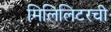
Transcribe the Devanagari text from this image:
मिलिलिटरची